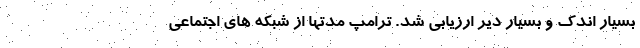
بسیار اندک و بسیار دیر ارزیابی شد. ترامپ مدتها از شبکه های اجتماعی